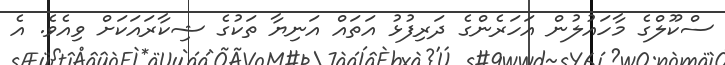
ސްކޫލްގެ މާހައުލުން އަހަރެންގެ ދަރިފުޅު އަތައް އަނިޔާ ތަކުގެ ޝިކާރައަކަށް ވިއެވެ. އެ